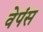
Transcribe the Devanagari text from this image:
वेपंस